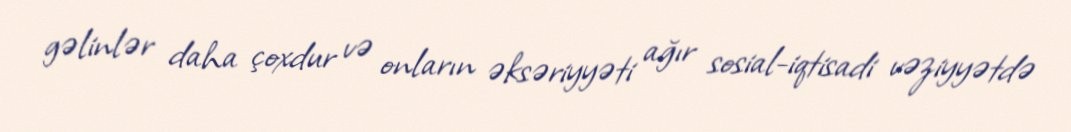
gəlinlər daha çoxdur və onların əksəriyyəti ağır sosial-iqtisadi vəziyyətdə